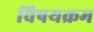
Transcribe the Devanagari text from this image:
विषयक्रम